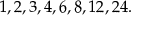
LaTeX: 1 , 2 , 3 , 4 , 6 , 8 , 1 2 , 2 4 .